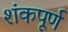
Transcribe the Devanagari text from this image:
शंकपूर्ण